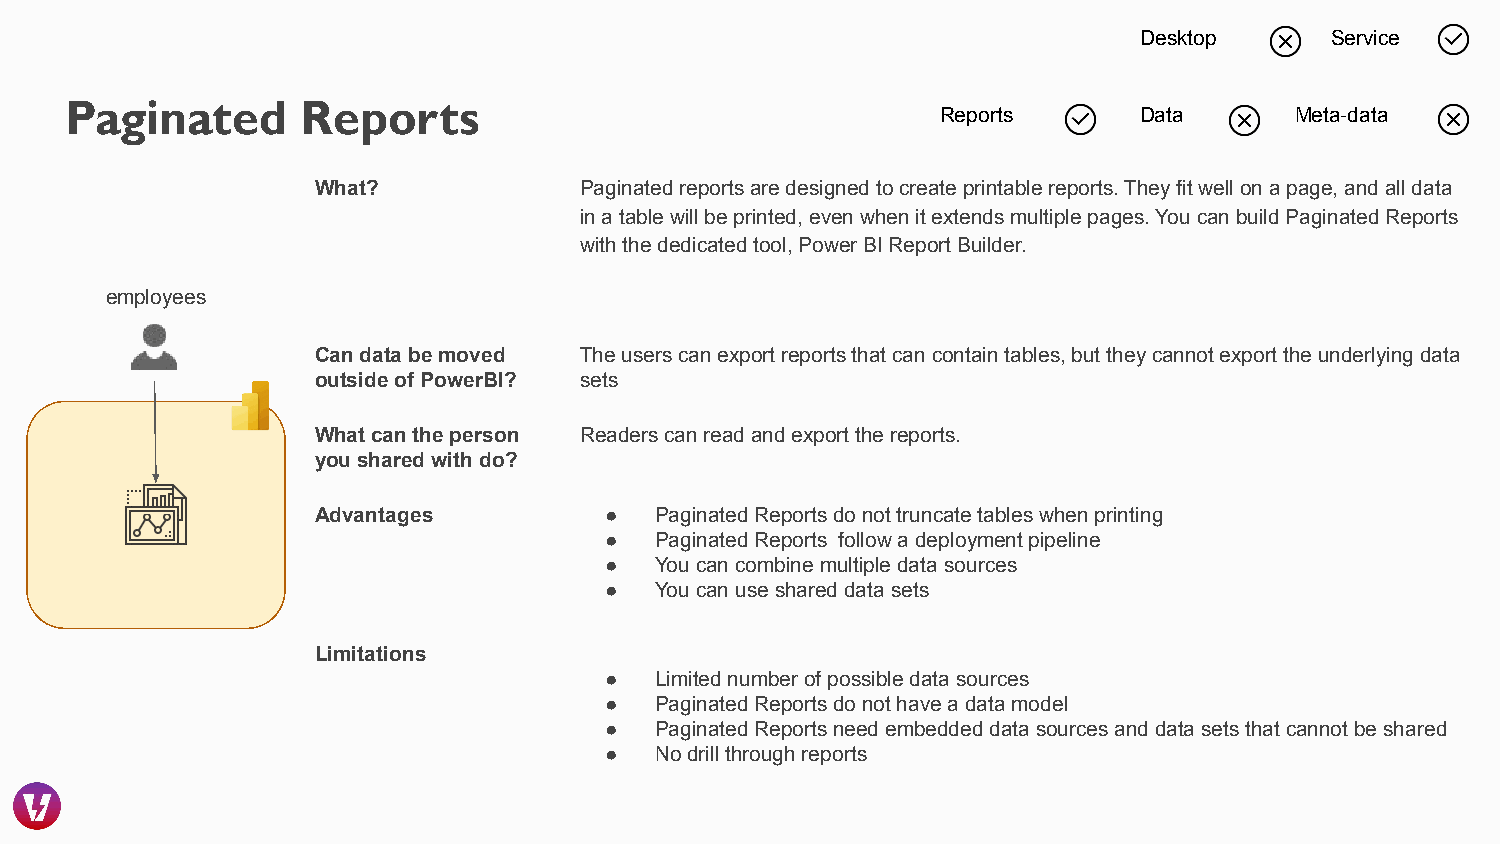
Desktop      Service
 Paginated       Reports
 Reports      Data       Meta-data
 What?            Paginated reports are designed to create printable reports. They fit well on a page, and all data
 in a table will be printed, even when it extends multiple pages. You can build Paginated Reports
 with the dedicated tool, Power BI Report Builder.
 employees
 Can data be moved The users can export reports that can contain tables, but they cannot export the underlying data
 outside of PowerBI? sets
 What can the person Readers can read and export the reports.
 you shared with do?
 Advantages         ●  Paginated Reports do not truncate tables when printing
 ●  Paginated Reports follow a deployment pipeline
 ●  You can combine multiple data sources
 ●  You can use shared data sets
 Limitations
 ●  Limited number of possible data sources
 ●  Paginated Reports do not have a data model
 ●  Paginated Reports need embedded data sources and data sets that cannot be shared
 ●  No drill through reports